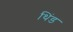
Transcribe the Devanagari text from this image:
थिंड